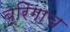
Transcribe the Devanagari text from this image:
ब्रिगाच